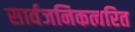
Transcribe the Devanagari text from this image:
सार्वजनिकत्वरित